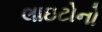
લાઇટોનો